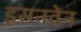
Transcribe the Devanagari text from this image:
इसनवेन